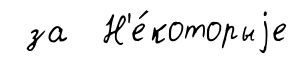
за Н'е́которыjе